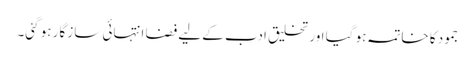
جمود کا خاتمہ ہو گیا اور تخلیق ادب کے لیے فضا انتہائی ساز گار ہو گئی۔